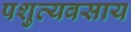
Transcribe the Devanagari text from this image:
पशुव्यवसाय